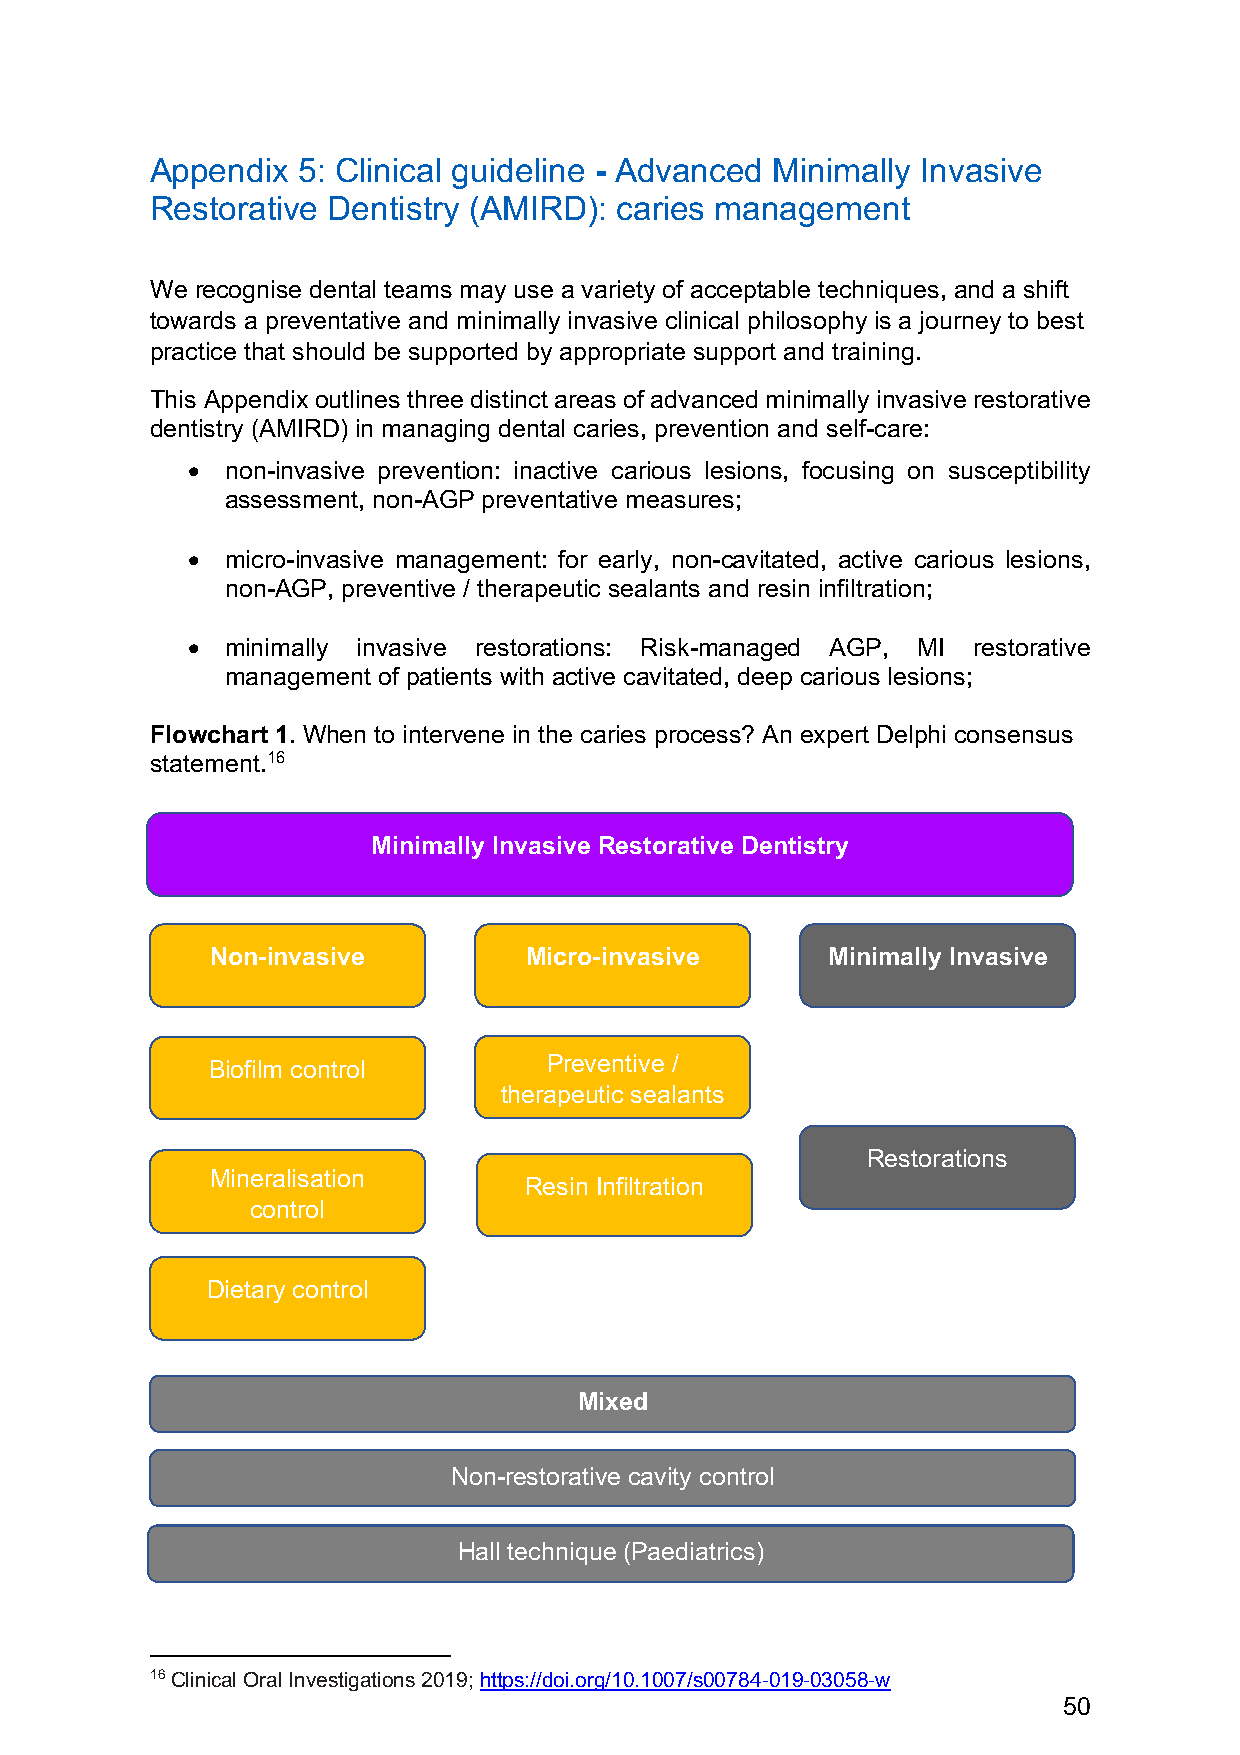
Appendix  5: Clinical guideline - Advanced Minimally Invasive
 Restorative Dentistry (AMIRD): caries management
 We recognise dental teams may use a variety of acceptable techniques, and a shift
 towards a preventative and minimally invasive clinical philosophy is a journey to best
 practice that should be supported by appropriate support and training.
 This Appendix outlines three distinct areas of advanced minimally invasive restorative
 dentistry (AMIRD) in managing dental caries, prevention and self-care:
 •  non-invasive prevention: inactive carious lesions, focusing on susceptibility
 assessment, non-AGP preventative measures;
 •  micro-invasive management: for early, non-cavitated, active carious lesions,
 non-AGP, preventive / therapeutic sealants and resin infiltration;
 •  minimally invasive restorations: Risk-managed AGP, MI restorative
 management of patients with active cavitated, deep carious lesions;
 Flowchart 1. When to intervene in the caries process? An expert Delphi consensus
 statement.16
 Minimally Invasive Restorative Dentistry
 Non-invasive         Micro-invasive      Minimally Invasive
 Biofilm control       Preventive /
 therapeutic sealants
 Restorations
 Mineralisation
 Resin Infiltration
 control
 Dietary control
 Mixed
 Non-restorative cavity control
 Hall technique (Paediatrics)
 16 Clinical Oral Investigations 2019; https://doi.org/10.1007/s00784-019-03058-w
 50